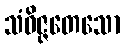
သံဝိဇ္ဇတေသော